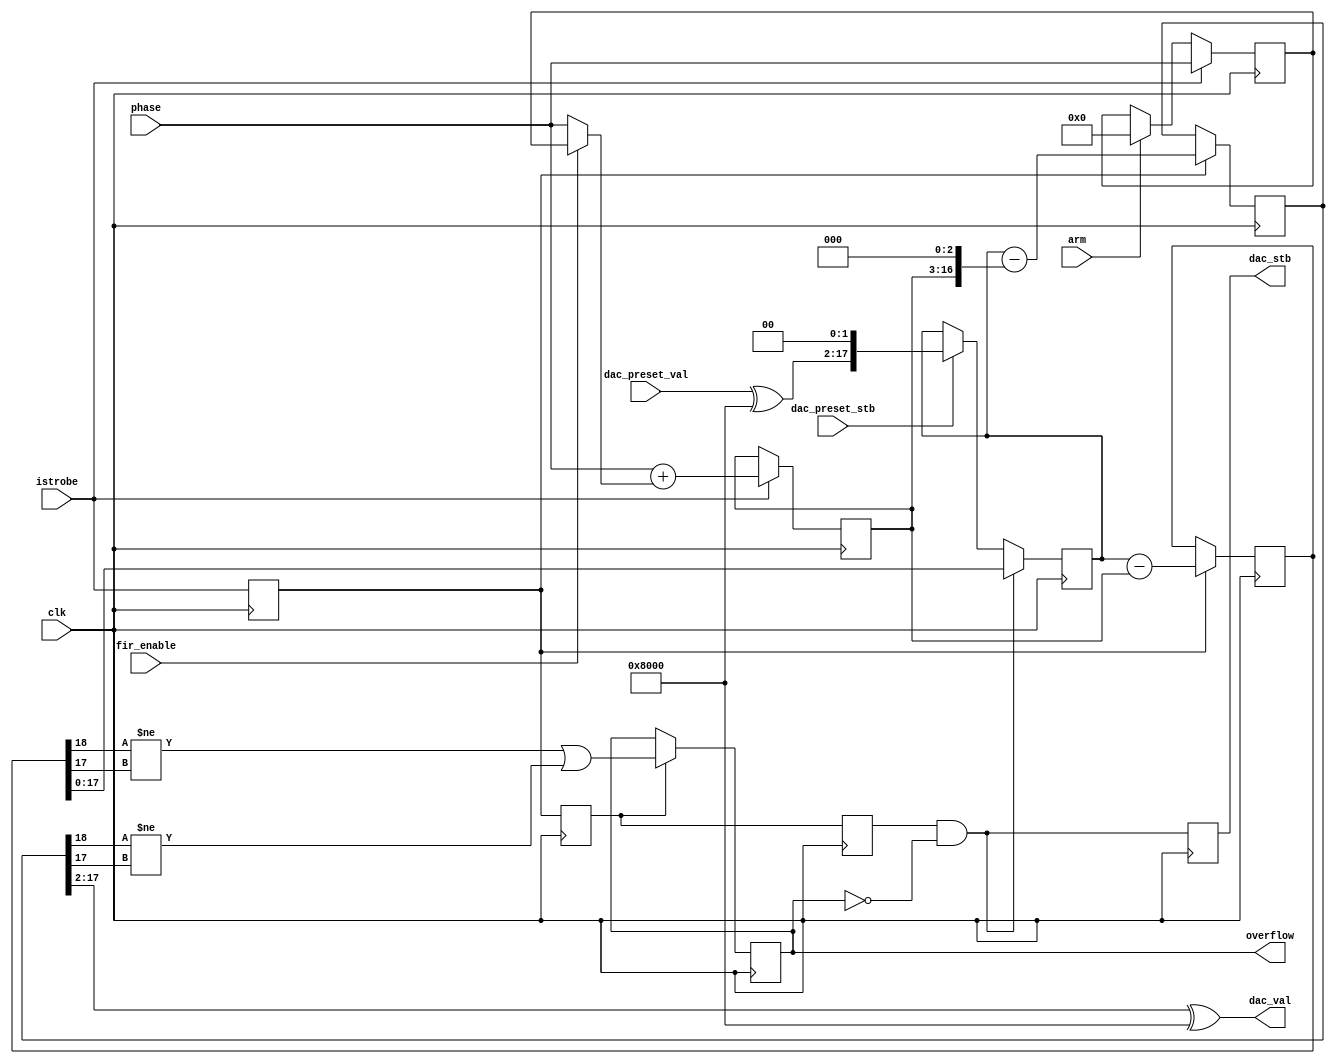
`timescale 1ns / 1ns
// DSP component for GPS pps discipline of VCTCXO
// input phase is assumed static for several cycles after istrobe
module pps_loop_filter(
	input clk,
	input istrobe,
	input arm,  // used to reset FIR
	// phase is intended static for several cycles on and following istrobe
	input signed [12:0] phase,
	input fir_enable,  // enable [0.5 0.5] FIR
	input dac_preset_stb,
	input [15:0] dac_preset_val,
	// what about gain control?  For now it's hard coded.
	output overflow,  // intended to stop feedback mode
	output dac_stb,
	output [15:0] dac_val  // offset-binary
);

// input port dac_preset_val and output port dac_val are hardware-centric
// (for the AD5662), and therefore unsigned.
wire signed [15:0] dac_preset_sval = dac_preset_val ^ (1<<15);

// Optional FIR
reg signed [12:0] old_phase=0;
reg signed [13:0] phase_filt=0;
reg istrobe1=0;
always @(posedge clk) begin
	istrobe1 <= istrobe;
	if (arm) old_phase <= 0;  // FIR gets a soft and reproducible start
	if (istrobe) begin
		old_phase <= phase;
		phase_filt <= phase + (fir_enable ? old_phase : phase);
	end
end
// With IDDR and fir_enable, phase_filt might really be 14 bits.
// Otherwise there will be one or two dud lsb.

// Kp = -8, Ki = -1, on the low side, see transient.py
reg istrobe2=0, istrobe3=0;
wire signed [17:0] prop_term = phase_filt <<< 3;
wire signed [17:0] intg_term = phase_filt <<< 0;
reg signed [17:0] istate=0;
reg signed [18:0] new_istate=0, raw_sum=0;
wire new_istate_ovf = new_istate[18] != new_istate[17];
wire raw_sum_ovf = raw_sum[18] != raw_sum[17];
reg dac_stb_r=0, overflow_r=0;
always @(posedge clk) begin
	istrobe2 <= istrobe1;
	istrobe3 <= istrobe2;
	if (dac_preset_stb) istate <= dac_preset_sval <<< 2;
	if (istrobe1) new_istate <= istate - intg_term;
	if (istrobe1) raw_sum <= istate - prop_term;
	if (istrobe2) overflow_r <= new_istate_ovf | raw_sum_ovf;
	if (istrobe3 & ~overflow) istate <= new_istate;
	dac_stb_r <= istrobe3 & ~overflow;
end
assign dac_stb = dac_stb_r;
assign dac_val = raw_sum[17:2] ^ (1<<15);
assign overflow = overflow_r;

endmodule